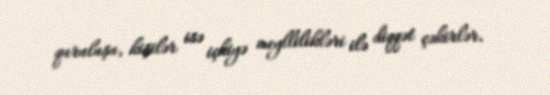
quruluşu, kişilər isə içkiyə meyllilikləri ilə diqqət çəkirlər.